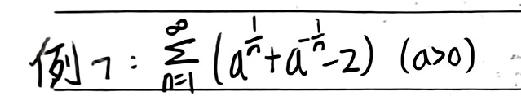
例7: $\sum_{n = 1}^{\infty}(a^{\frac{1}{n}} + a^{-\frac{1}{n}} - 2)\ (a > 0)$